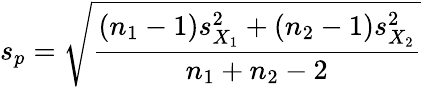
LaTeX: s_{p}={\sqrt{\frac{\left(n_{1}-1\right)s_{X_{1}}^{2}+\left(n_{2}-1\right)s_{X_{2}}^{2}}{n_{1}+n_{2}-2}}}